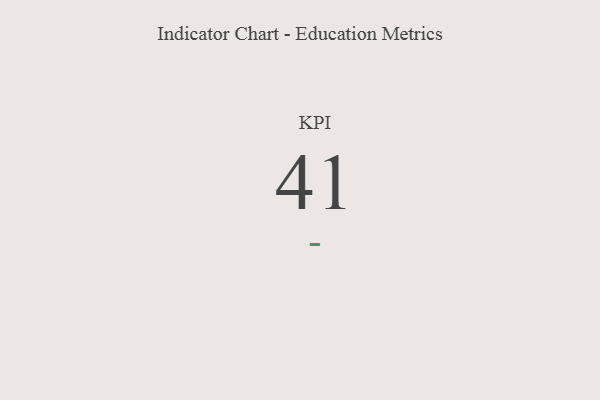
{"axis": {"x": "KPI", "y": "Value"}, "legend": [""], "data": [{"x": "KPI", "y": 41, "type": ""}]}